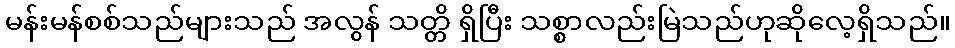
မန်းမန်စစ်သည်များသည် အလွန် သတ္တိ ရှိပြီး သစ္စာလည်းမြဲသည်ဟုဆိုလေ့ရှိသည်။